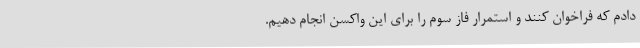
دادم که فراخوان کنند و استمرار فاز سوم را برای این واکسن انجام دهیم.